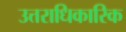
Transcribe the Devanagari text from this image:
उत्तराधिकारिक